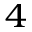
_ 4